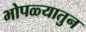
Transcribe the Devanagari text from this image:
भोपळ्यातुन